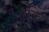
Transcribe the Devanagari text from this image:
हकि